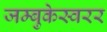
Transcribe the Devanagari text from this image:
जम्बुकेस्वरर